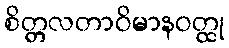
စိတ္တလတာဝိမာနဝတ္ထု